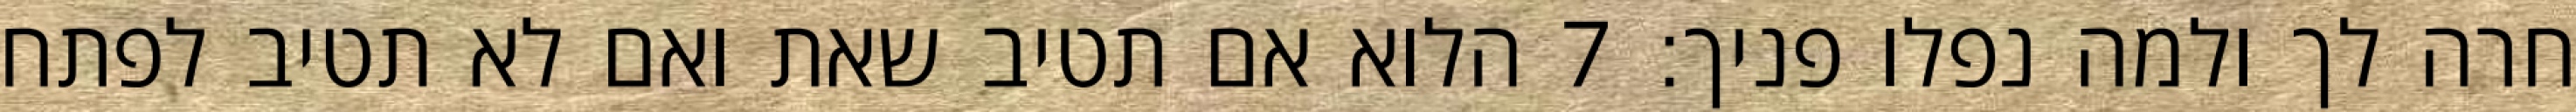
חרה לך ולמה נפלו פניך׃ ‎7‏ הלוא אם תטיב שאת ואם לא תטיב לפתח